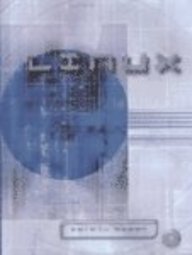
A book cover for Linux; Patrick Regan; Computers & Technology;